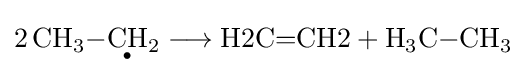
{2\,\mathrm {CH} {\vphantom {A}}_{\smash[{t}]{3}}{-}{\underset {^{\bullet }}{\mathrm {CH} }}{\vphantom {A}}_{\smash[{t}]{2}}{}\mathrel {\longrightarrow } {}{\text{H2C=CH2}}{}+{}\mathrm {H} {\vphantom {A}}_{\smash[{t}]{3}}\mathrm {C} {-}\mathrm {CH} {\vphantom {A}}_{\smash[{t}]{3}}}